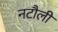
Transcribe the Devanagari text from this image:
नटौली